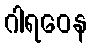
ဂါရဝေန